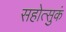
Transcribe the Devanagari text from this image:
सहोत्सुकं